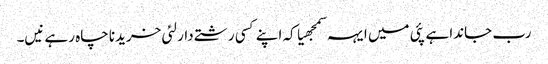
رب جاندا ہے پئی میں ایہہ سمجھیا کہ اپنے کسی رشتے دار لئی خریدنا چاہ رہے نیں۔